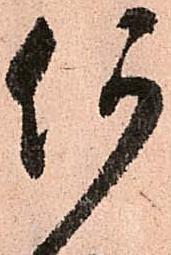
何